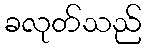
ခလုတ်သည်